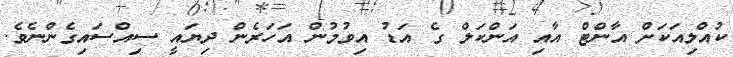
ކުއްލިއަކަށް އާންޓް އާއި އަންކަލް ގެ އަޑު އިވުމުން އަހަރެން ދިޔައީ ސިއްސައިގެންނެވެ.